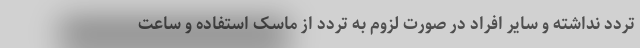
تردد نداشته و سایر افراد در صورت لزوم به تردد از ماسک استفاده و ساعت